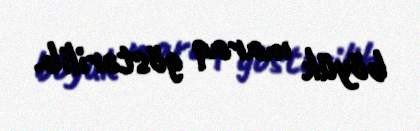
böyük maraq göstərilib.